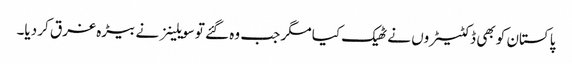
پاکستان کو بھی ڈکٹیٹروں نے ٹھیک کیا مگر جب وہ گئے تو سویلینز نے بیڑہ غرق کر دیا۔